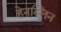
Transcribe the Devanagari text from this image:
हेनस्लिन